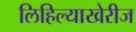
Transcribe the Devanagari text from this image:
लिहिल्याखेरीज